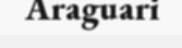
Araguari